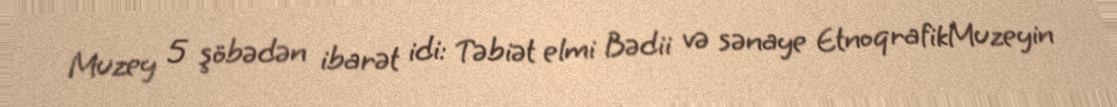
Muzey 5 şöbədən ibarət idi: Təbiət elmi Bədii və sənaye EtnoqrafikMuzeyin